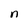
Character: n